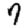
Digit: 7